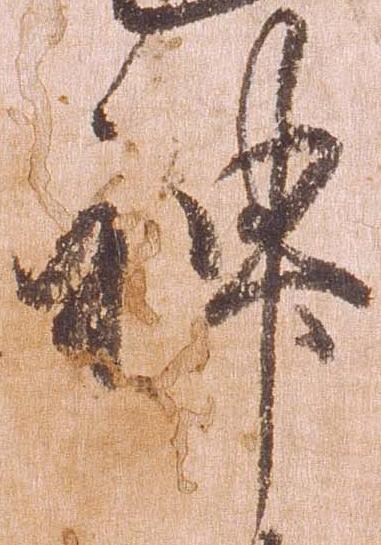
神